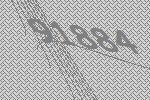
91884